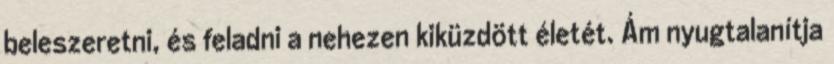
beleszeretni, és feladni a nehezen kiküzdött életét. Ám nyugtalanítja